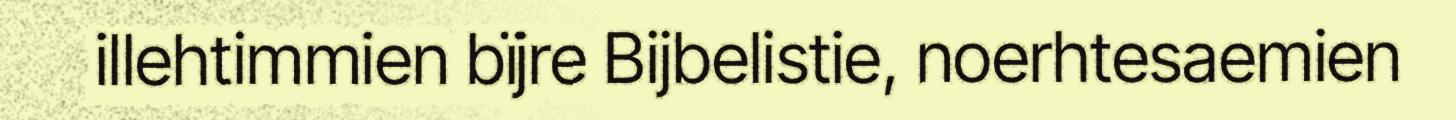
illehtimmien bïjre Bijbelistie, noerhtesaemien